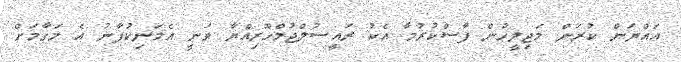
އައްޔަން ކުރަން މަޖިލީހުން ފާސްކުރުމާ އެކު ރައީސުލްޖުމްހޫރިއްޔާ ވަނީ އެމަނިކުފާނު އެ މަގާމަށް